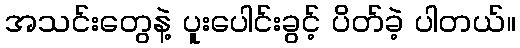
အသင်းတွေနဲ့ ပူးပေါင်းခွင့် ပိတ်ခဲ့ ပါတယ်။